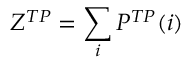
Z ^ { T P } = \sum _ { i } P ^ { T P } ( i )